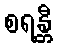
စရန္တီ